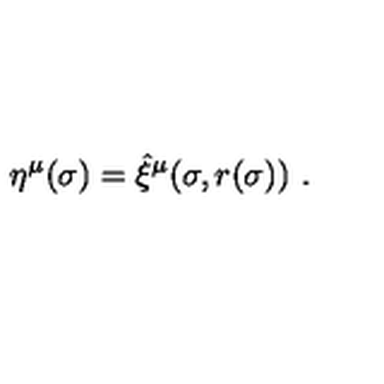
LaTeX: \eta ^ { \mu } ( \sigma ) = \hat { \xi } ^ { \mu } ( \sigma , r ( \sigma ) ) \ .